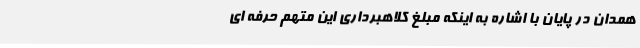
همدان در پایان با اشاره به اینکه مبلغ کلاهبرداری این متهم حرفه ای